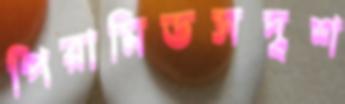
পিরামিডসদৃশ